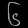
Digit: ၆